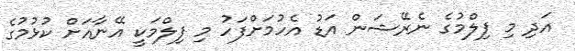
އަދި މި ފިލްމުގެ ނެރޭޝަން އަޑު އެހުމަށްފަހު މި ފިލްމަކީ އޭނާއަށް ކުޅުމުގެ